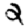
Digit: 2